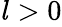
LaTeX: {\mathit{l}}_{}^{}>0